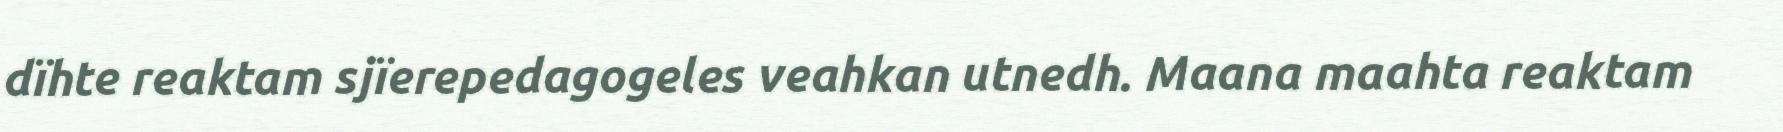
dïhte reaktam sjïerepedagogeles veahkan utnedh. Maana maahta reaktam